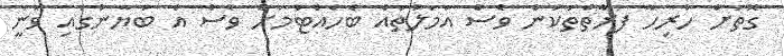
ގޮތަށް ހުރިހާ ފަރާތްތަކުން ވެސް އަމަލުތައް ބެހެއްޓުމަށް ވެސް އެ ބަޔާނުގައި ވަނީ